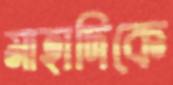
মাহাদিকে